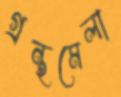
গ্রন্থমেলা